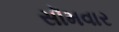
સૉમવાર